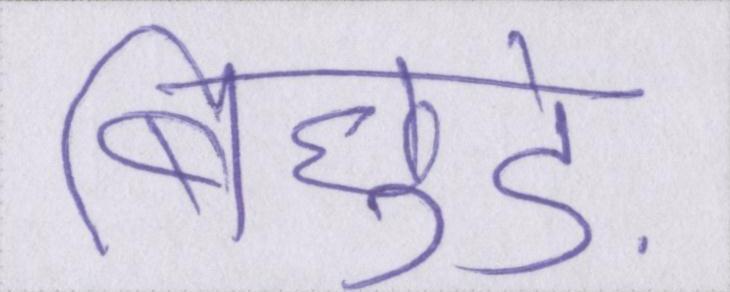
बिछुड़े